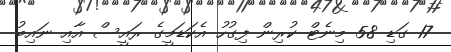
17 ގަޑި 58 މިނެޓް ކުރިން ފިގުހު އެކަޑަމީގެ ރައީސް އާއި ނައިބު